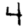
Digit: 4